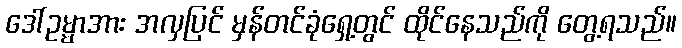
ဒေါ်ဥမ္မာအား အလှပြင် မှန်တင်ခုံရှေ့တွင် ထိုင်နေသည်ကို တွေ့ရသည်။